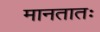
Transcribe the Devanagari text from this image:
मानतातः